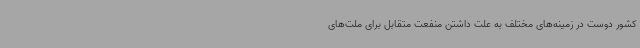
کشور دوست در زمینه‌های مختلف به علت داشتن منفعت متقابل برای ملت‌های